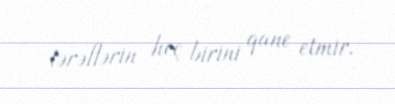
tərəflərin heç birini qane etmir.